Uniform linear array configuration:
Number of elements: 48
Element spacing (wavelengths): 1
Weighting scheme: hann
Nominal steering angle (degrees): -45
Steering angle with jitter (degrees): -45.056
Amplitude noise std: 0.05
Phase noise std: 0.05

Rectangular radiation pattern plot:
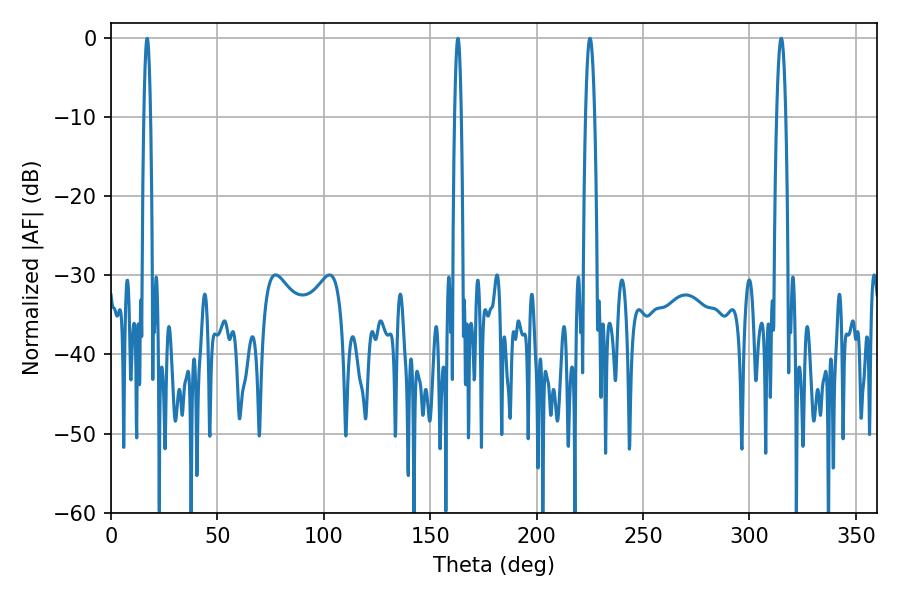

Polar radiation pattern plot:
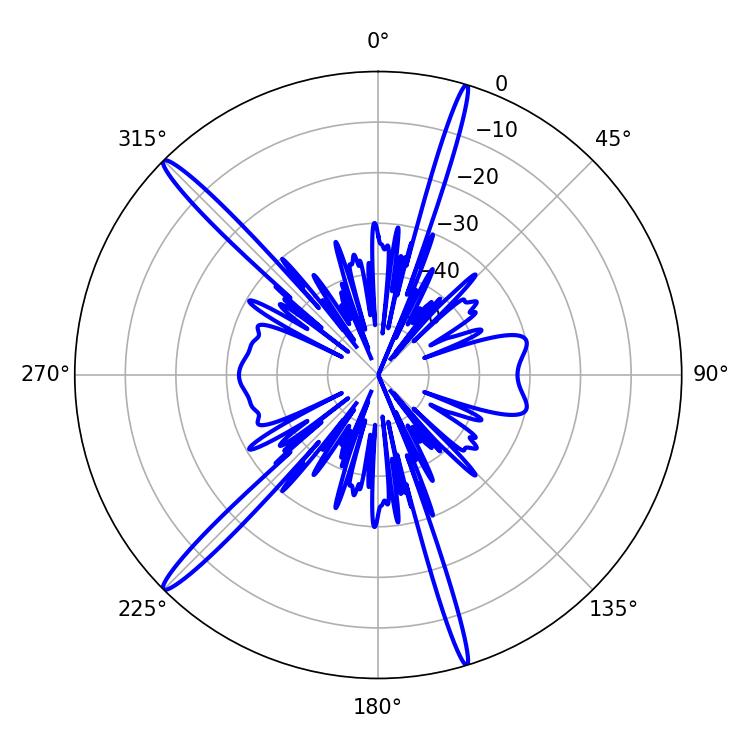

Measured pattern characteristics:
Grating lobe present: TRUE
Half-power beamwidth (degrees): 2.34
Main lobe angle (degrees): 225